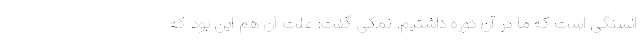
انسنگی است که ما در آن دوره داشتیم. نمکی گفت: علت آن هم این بود که